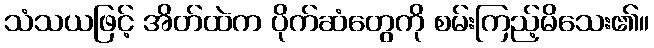
သံသယဖြင့် အိတ်ထဲက ပိုက်ဆံတွေကို စမ်းကြည့်မိသေး၏။